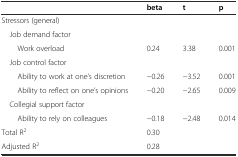
<table><thead><tr><td></td><td><b>beta</b></td><td><b>t</b></td><td><b>p</b></td></tr></thead><tbody><tr><td>Stressors (general)</td><td></td><td></td><td></td></tr><tr><td> Job demand factor</td><td></td><td></td><td></td></tr><tr><td>Work overload</td><td>0.24</td><td>3.38</td><td>0.001</td></tr><tr><td> Job control factor</td><td></td><td></td><td></td></tr><tr><td>Ability to work at one’s discretion</td><td>−0.26</td><td>−3.52</td><td>0.001</td></tr><tr><td>Ability to reflect on one’s opinions</td><td>−0.20</td><td>−2.65</td><td>0.009</td></tr><tr><td> Collegial support factor</td><td></td><td></td><td></td></tr><tr><td>Ability to rely on colleagues</td><td>−0.18</td><td>−2.48</td><td>0.014</td></tr><tr><td>Total R<sup>2</sup></td><td>0.30</td><td></td><td></td></tr><tr><td>Adjusted R<sup>2</sup></td><td>0.28</td><td></td><td></td></tr></tbody></table>